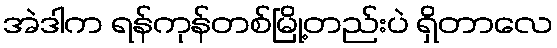
အဲဒါက ရန်ကုန်တစ်မြို့တည်းပဲ ရှိတာလေ